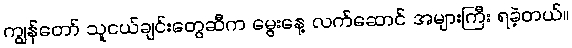
ကျွန်တော် သူငယ်ချင်းတွေဆီက မွေးနေ့ လက်ဆောင် အများကြီး ရခဲ့တယ်။